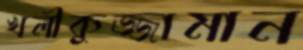
খলীকুজ্জামান